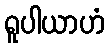
ရူပါယာဟံ